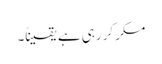
مکر کر رہی ہے یقیناً۔